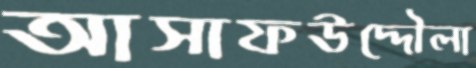
আসাফউদ্দৌলা